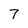
Character: 7